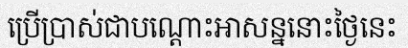
ប្រើប្រាស់ជាបណ្តោះអាសន្ននោះថ្ងៃនេះ